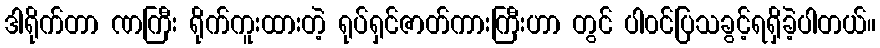
ဒါရိုက်တာ ဏကြီး ရိုက်ကူးထားတဲ့ ရုပ်ရှင်ဇာတ်ကားကြီးဟာ တွင် ပါ၀င်ပြသခွင့်ရရှိခဲ့ပါတယ်။